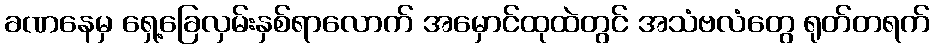
ခဏနေမှ ရှေ့ခြေလှမ်းနှစ်ရာလောက် အမှောင်ထုထဲတွင် အသံဗလံတွေ ရုတ်တရက်